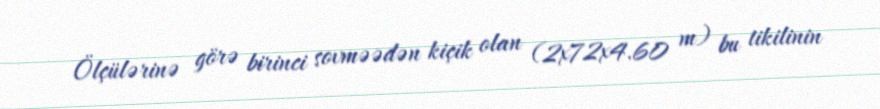
Ölçülərinə görə birinci sovməədən kiçik olan (2x72x4.60 m) bu tikilinin